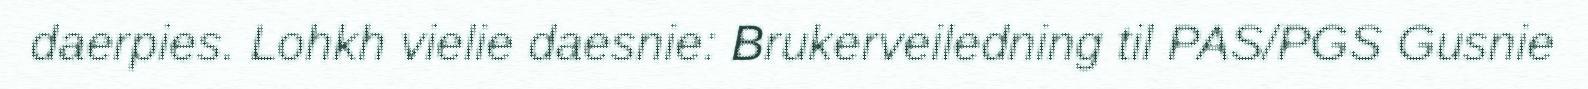
daerpies. Lohkh vielie daesnie: Brukerveiledning til PAS/PGS Gusnie